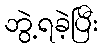
ဘွဲ့ရခဲ့ပြီး